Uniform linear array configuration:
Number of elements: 12
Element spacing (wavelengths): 0.75
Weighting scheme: hann
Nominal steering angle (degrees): -30
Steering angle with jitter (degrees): -28.072
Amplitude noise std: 0.05
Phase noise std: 0.05

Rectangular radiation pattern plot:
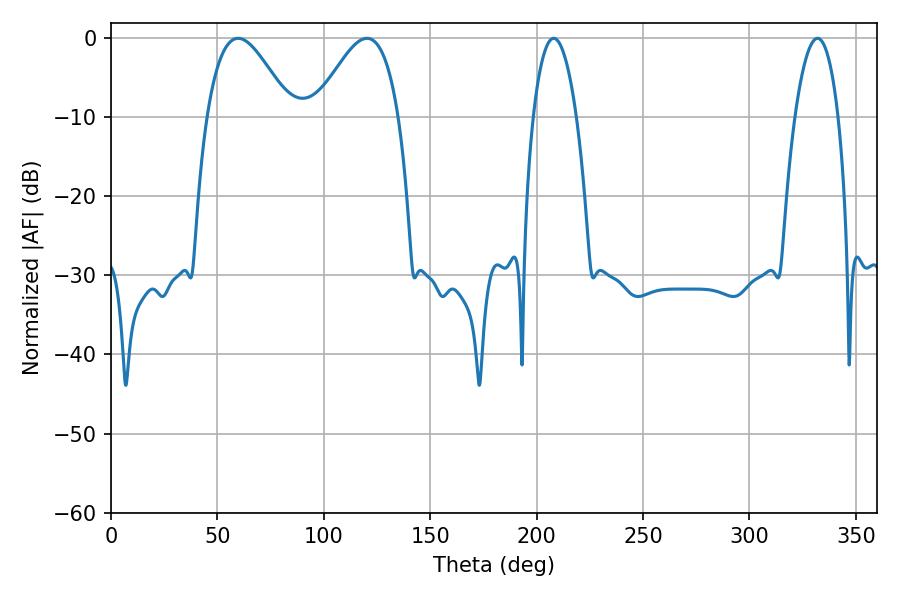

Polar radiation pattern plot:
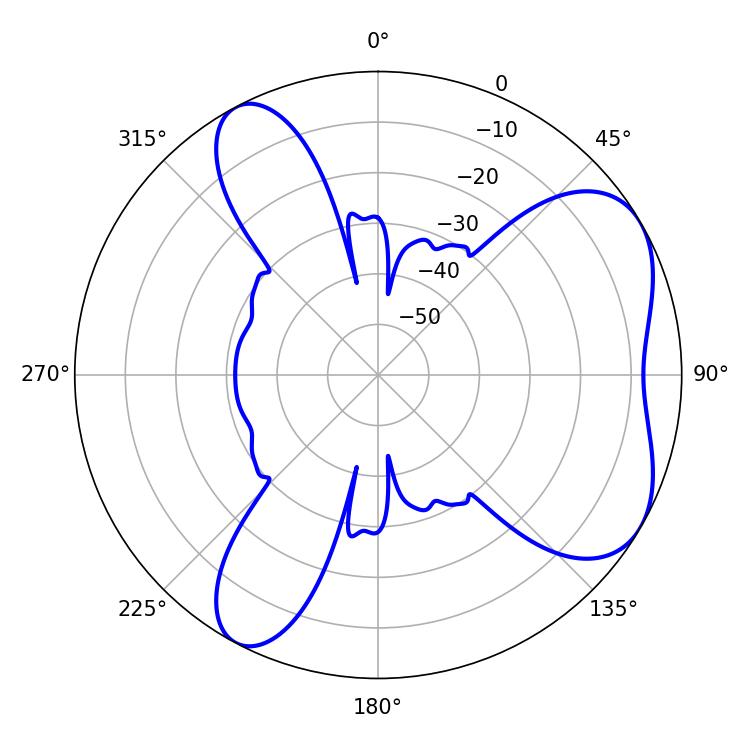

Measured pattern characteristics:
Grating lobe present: TRUE
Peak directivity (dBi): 5.734
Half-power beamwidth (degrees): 21.06
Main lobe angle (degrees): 59.76